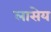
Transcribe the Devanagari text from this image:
लासेय